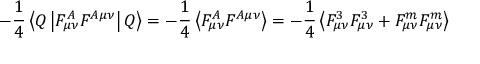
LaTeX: - \frac { 1 } { 4 } \left\langle Q \left| \cal F _ { \mu \nu } ^ { \cal A } \cal F ^ { \cal A \mu \nu } \right| Q \right\rangle = - \frac { 1 } { 4 } \left\langle \cal F _ { \mu \nu } ^ { \cal A } \cal F ^ { \cal A \mu \nu } \right\rangle = - \frac { 1 } { 4 } \left\langle { \cal F } _ { \mu \nu } ^ { 3 } { \cal F } _ { \mu \nu } ^ { 3 } + { \cal F } _ { \mu \nu } ^ { m } { \cal F } _ { \mu \nu } ^ { m } \right\rangle